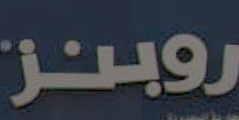
روبنز